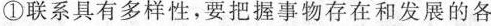
①联系具有多样性，要把握事物存在和发展的各